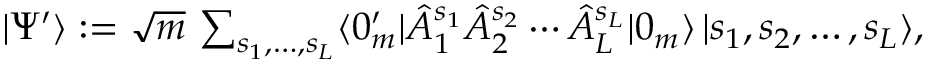
\textstyle | \Psi ^ { \prime } \rangle : = \sqrt { m } \, \sum _ { s _ { 1 } , \dotsc , s _ { L } } \langle 0 _ { m } ^ { \prime } | \hat { A } _ { 1 } ^ { s _ { 1 } } \hat { A } _ { 2 } ^ { s _ { 2 } } \dotsb \hat { A } _ { L } ^ { s _ { L } } | 0 _ { m } \rangle \, | s _ { 1 } , s _ { 2 } , \dotsc , s _ { L } \rangle ,